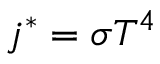
j ^ { * } = \sigma T ^ { 4 }